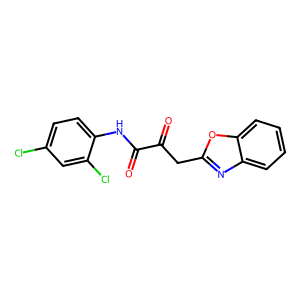
SMILES: O=C(Cc1nc2ccccc2o1)C(=O)Nc1ccc(Cl)cc1Cl
Inhibits HIV replication: No